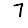
Digit: 7